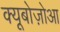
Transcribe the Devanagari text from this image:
क्यूबोज़ोआ